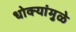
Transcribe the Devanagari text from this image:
धोक्यांमुळे